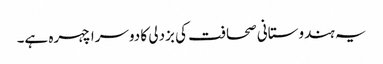
یہ ہندوستانی صحافت کی بزدلی کا دوسرا چہرہ ہے۔